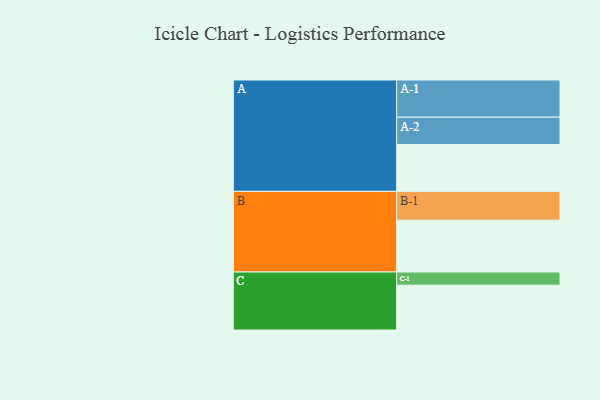
{"axis": {"x": "Segment", "y": "Value"}, "legend": ["", "A", "B", "C"], "data": [{"x": "A", "y": 339, "type": ""}, {"x": "B", "y": 375, "type": ""}, {"x": "C", "y": 324, "type": ""}, {"x": "A-1", "y": 269, "type": "A"}, {"x": "A-2", "y": 197, "type": "A"}, {"x": "B-1", "y": 208, "type": "B"}, {"x": "C-1", "y": 95, "type": "C"}]}